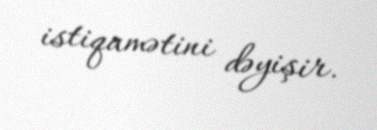
istiqamətini dəyişir.